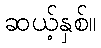
ဆယ့်နှစ်။